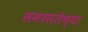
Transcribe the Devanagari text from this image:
समरसतेच्या